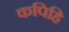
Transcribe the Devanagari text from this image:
कपिहि